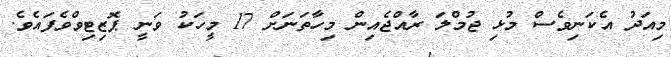
މިއަދު އެކަނިވެސް މުޅި ޖުމްލަ ރާއްޖެއިން މިހާތަނަށް 17 މީހަކު ވަނީ ޕޮޒިޓިވްވެފައެވެ.